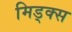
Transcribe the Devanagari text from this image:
मिड्क्स